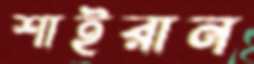
শাইরান